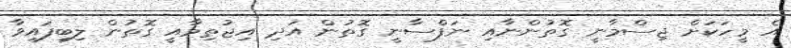
އެ މީހަކަށް ޖިސްމާނީ ގޮތުންނާއި ނަފްސާނީ ގޮތުން އަދި އިޖުތިމާއީ ގޮތުން ލިބިފައިވާ